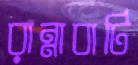
রান্নাবাটি